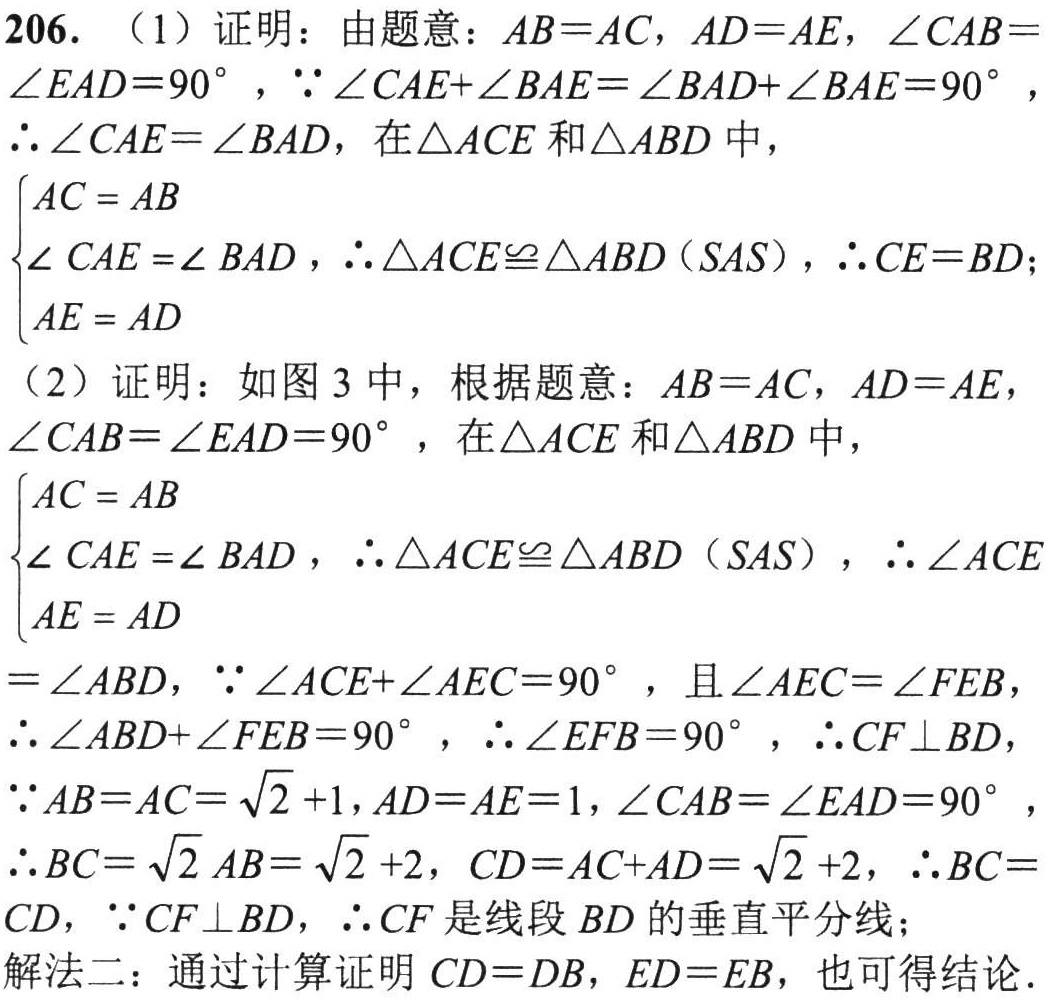
206. （1）证明：由题意：\(AB = AC\)，\(AD = AE\)，\(\angle CAB=\)
\(\angle EAD = 90^{\circ}\)，\(\because\angle CAE+\angle BAE=\angle BAD+\angle BAE = 90^{\circ}\)，
\(\therefore\angle CAE=\angle BAD\)，在\(\triangle ACE\)和\(\triangle ABD\)中，
\(\begin{cases}
AC = AB\\
\angle CAE=\angle BAD\\
AE = AD
\end{cases}\)，\(\therefore\triangle ACE\cong\triangle ABD(SAS)\)，\(\therefore CE = BD\)；
（2）证明：如图 3 中，根据题意：\(AB = AC\)，\(AD = AE\)，
\(\angle CAB=\angle EAD = 90^{\circ}\)，在\(\triangle ACE\)和\(\triangle ABD\)中，
\(\begin{cases}
AC = AB\\
\angle CAE=\angle BAD\\
AE = AD
\end{cases}\)，\(\therefore\triangle ACE\cong\triangle ABD(SAS)\)，\(\therefore\angle ACE\)
\(=\angle ABD\)，\(\because\angle ACE+\angle AEC = 90^{\circ}\)，且\(\angle AEC=\angle FEB\)，
\(\therefore\angle ABD+\angle FEB = 90^{\circ}\)，\(\therefore\angle EFB = 90^{\circ}\)，\(\therefore CF\perp BD\)，
\(\because AB = AC=\sqrt{2}+1\)，\(AD = AE = 1\)，\(\angle CAB=\angle EAD = 90^{\circ}\)，
\(\therefore BC=\sqrt{2}AB=\sqrt{2}+2\)，\(CD = AC + AD=\sqrt{2}+2\)，\(\therefore BC =\)
\(CD\)，\(\because CF\perp BD\)，\(\therefore CF\)是线段\(BD\)的垂直平分线；
解法二：通过计算证明\(CD = DB\)，\(ED = EB\)，也可得结论.